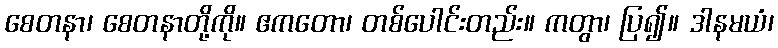
စေတနာ၊ စေတနာတို့ကို။ ဧကတော၊ တစ်ပေါင်းတည်း။ ကတွာ၊ ပြ၍။ ဒါနမယံ၊